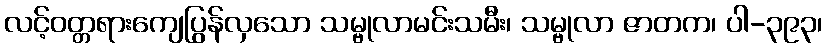
လင့်ဝတ္တရားကျေပြွန်လှသော သမ္ဗုလာမင်းသမီး၊ သမ္ဗုလာ ဇာတက၊ ပါ-၃၉၃၊